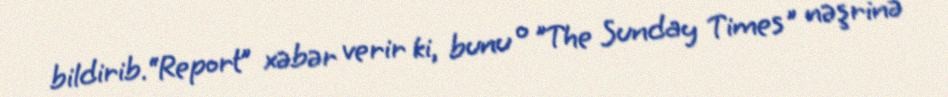
bildirib.“Report” xəbər verir ki, bunu o "The Sunday Times" nəşrinə